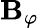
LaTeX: \mathbf{B}_{\varphi}